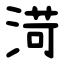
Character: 渮